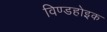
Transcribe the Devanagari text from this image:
विण्डहोइक